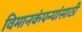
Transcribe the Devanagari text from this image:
विमानकंपन्यांसाठी